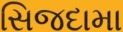
સિજદામા